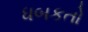
ધબકતો